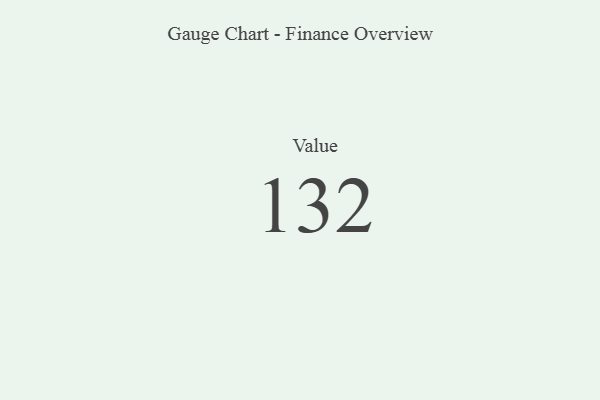
{"axis": {"x": "Metric", "y": "Value"}, "legend": [""], "data": [{"x": "Value", "y": 132, "type": ""}]}